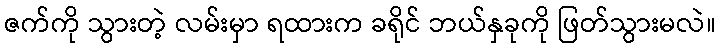
ဇက်ကို သွားတဲ့ လမ်းမှာ ရထားက ခရိုင် ဘယ်နှခုကို ဖြတ်သွားမလဲ။